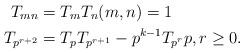
LaTeX: \begin{align*} T_{mn} &= T_mT_n(m,n) = 1 \\ T_{p^{r+2}} &= T_pT_{p^{r+1}} - p^{k-1}T_{p^r} p , r\geq 0.\end{align*}